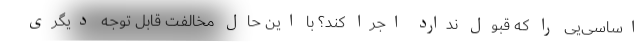
اساسی‌یی را که قبول ندارد اجرا کند؟ با این حال مخالفت قابل توجه دیگری